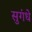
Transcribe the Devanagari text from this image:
सुगंधे